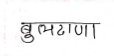
मजकूर: बुलढाणा